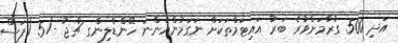
އަދި 500 ގުރާމަށްވުރެ ބަރު އައިޓަމްތަކަށް ނަގަމުންއަންނަ ހޭންޑްލިންގ ޗާޖު -/5 (ފަސް